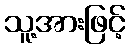
သူ့အားဖြင့်